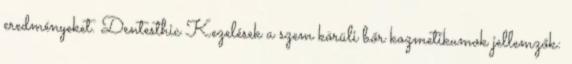
eredményeket. Dentesthic Kezelések a szem körüli bőr kozmetikumok jellemzők: